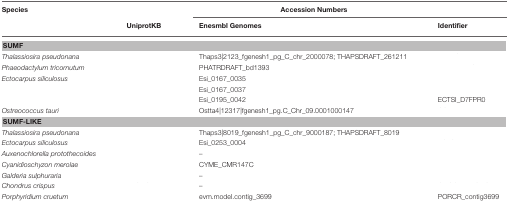
<table><thead><tr><td><b>Species</b></td><td colspan="3"><b>Accession Numbers</b></td></tr><tr><td>[EMPTY_CELL]</td><td><b>UniprotKB</b></td><td><b>Enesmbl Genomes</b></td><td><b>Identifier</b></td></tr></thead><tbody><tr><td colspan="4"><b>SUMF</b></td></tr><tr><td><i>Thalassiosira pseudonana</i></td><td>[EMPTY_CELL]</td><td>Thaps3|2123_fgenesh1_pg_C_chr_2000078; THAPSDRAFT_261211</td><td>[EMPTY_CELL]</td></tr><tr><td><i>Phaeodactylum tricornutum</i></td><td>[EMPTY_CELL]</td><td>PHATRDRAFT_bd1393</td><td>[EMPTY_CELL]</td></tr><tr><td><i>Ectocarpus siliculosus</i></td><td>[EMPTY_CELL]</td><td>Esi_0167_0035</td><td>[EMPTY_CELL]</td></tr><tr><td>[EMPTY_CELL]</td><td>[EMPTY_CELL]</td><td>Esi_0167_0037</td><td>[EMPTY_CELL]</td></tr><tr><td>[EMPTY_CELL]</td><td>[EMPTY_CELL]</td><td>Esi_0195_0042</td><td>ECTSI_D7FPR0</td></tr><tr><td><i>Ostreococcus tauri</i></td><td>[EMPTY_CELL]</td><td>Ostta4|12317|fgenesh1_pg.C_Chr_09.0001000147</td><td>[EMPTY_CELL]</td></tr><tr><td colspan="4"><b>SUMF-LIKE</b></td></tr><tr><td><i>Thalassiosira pseudonana</i></td><td>[EMPTY_CELL]</td><td>Thaps3|8019_fgenesh1_pg_C_chr_9000187; THAPSDRAFT_8019</td><td>[EMPTY_CELL]</td></tr><tr><td><i>Ectocarpus siliculosus</i></td><td>[EMPTY_CELL]</td><td>Esi_0253_0004</td><td>[EMPTY_CELL]</td></tr><tr><td><i>Auxenochlorella protothecoides</i></td><td>[EMPTY_CELL]</td><td>–</td><td>[EMPTY_CELL]</td></tr><tr><td><i>Cyanidioschyzon merolae</i></td><td>[EMPTY_CELL]</td><td>CYME_CMR147C</td><td>[EMPTY_CELL]</td></tr><tr><td><i>Galderia sulphuraria</i></td><td>[EMPTY_CELL]</td><td>–</td><td>[EMPTY_CELL]</td></tr><tr><td><i>Chondrus crispus</i></td><td>[EMPTY_CELL]</td><td>–</td><td>[EMPTY_CELL]</td></tr><tr><td><i>Porphyridium cruetum</i></td><td>[EMPTY_CELL]</td><td>evm.model.contig_3699</td><td>PORCR_contig3699</td></tr></tbody></table>